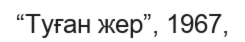
“Туған жер”, 1967,